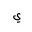
Letter: _ya